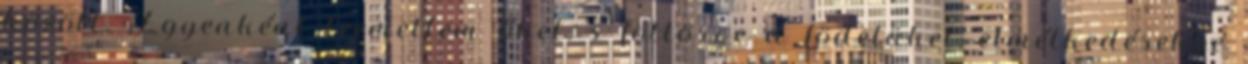
között. Egyenként leemeltem őket, s föltörve a födelüket, elmélkedésekbe